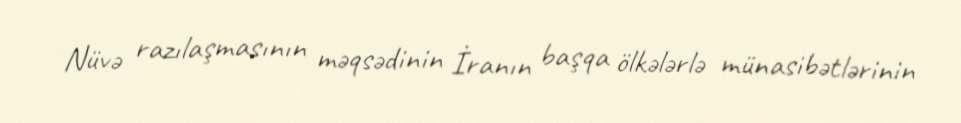
Nüvə razılaşmasının məqsədinin İranın başqa ölkələrlə münasibətlərinin